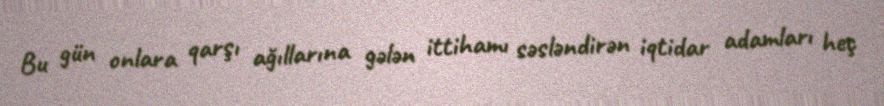
Bu gün onlara qarşı ağıllarına gələn ittihamı səsləndirən iqtidar adamları heç